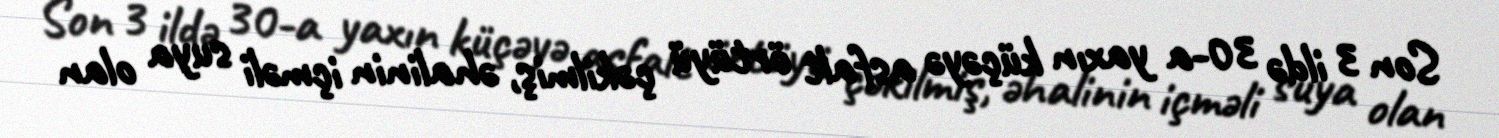
Son 3 ildə 30-a yaxın küçəyə asfalt örtüyü çəkilmiş, əhalinin içməli suya olan